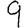
Digit: 9